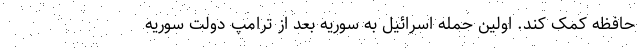
حافظه کمک کند. اولین حمله اسرائیل به سوریه بعد از ترامپ دولت سوریه